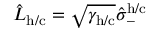
\hat { L } _ { \mathrm { h / c } } = \sqrt { \gamma _ { \mathrm { h / c } } } \hat { \sigma } _ { - } ^ { \mathrm { h / c } }